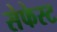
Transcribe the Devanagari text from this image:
सेफेस्ट